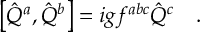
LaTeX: \left[ \hat { Q } ^ { a } , \hat { Q } ^ { b } \right] = i g f ^ { a b c } \hat { Q } ^ { c } \ \ \ .